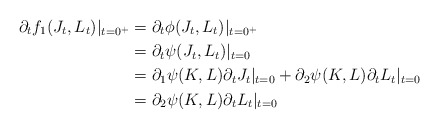
\begin{align*}\partial_tf_1(J_t,L_t)|_{t=0^+}&=\partial_t\phi(J_t,L_t)|_{t=0^+}\\&=\partial_t\psi(J_t,L_t)|_{t=0}\\&=\partial_1\psi(K,L)\partial_t J_t|_{t=0}+\partial_2\psi(K,L)\partial_t L_t|_{t=0}\\&=\partial_2\psi(K,L)\partial_t L_t|_{t=0}\end{align*}